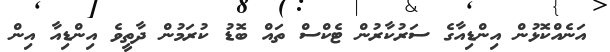
އަނެއްކޮޅުން އިންޑިއާގެ ސަރުކާރުން ޓެކްސް ތައް ބޮޑު ކުރަމުން ދާތީވެ އިންޑިއާ އިން